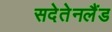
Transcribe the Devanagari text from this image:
सदेतेनलैंड